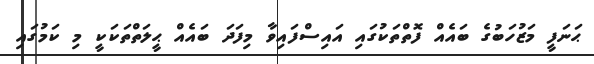
ޙަނަފީ މަޒުހަބުގެ ބައެއް ފޮތްތަކުގައި އައިސްފައިވާ މިފަދަ ބައެއް ޙީލަތްތަކަކީ މި ކަމުގައި